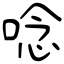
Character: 唸